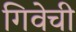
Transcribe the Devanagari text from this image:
गिवेची